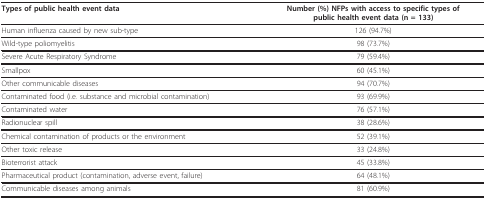
<table><thead><tr><td><b>Types of public health event data</b></td><td><b>Number (%) NFPs with access to specific types of public health event data (n = 133)</b></td></tr></thead><tbody><tr><td>Human influenza caused by new sub-type</td><td>126 (94.7%)</td></tr><tr><td>Wild-type poliomyelitis</td><td>98 (73.7%)</td></tr><tr><td>Severe Acute Respiratory Syndrome</td><td>79 (59.4%)</td></tr><tr><td>Smallpox</td><td>60 (45.1%)</td></tr><tr><td>Other communicable diseases</td><td>94 (70.7%)</td></tr><tr><td>Contaminated food (i.e. substance and microbial contamination)</td><td>93 (69.9%)</td></tr><tr><td>Contaminated water</td><td>76 (57.1%)</td></tr><tr><td>Radionuclear spill</td><td>38 (28.6%)</td></tr><tr><td>Chemical contamination of products or the environment</td><td>52 (39.1%)</td></tr><tr><td>Other toxic release</td><td>33 (24.8%)</td></tr><tr><td>Bioterrorist attack</td><td>45 (33.8%)</td></tr><tr><td>Pharmaceutical product (contamination, adverse event, failure)</td><td>64 (48.1%)</td></tr><tr><td>Communicable diseases among animals</td><td>81 (60.9%)</td></tr></tbody></table>